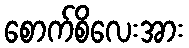
စောက်စိလေးအား